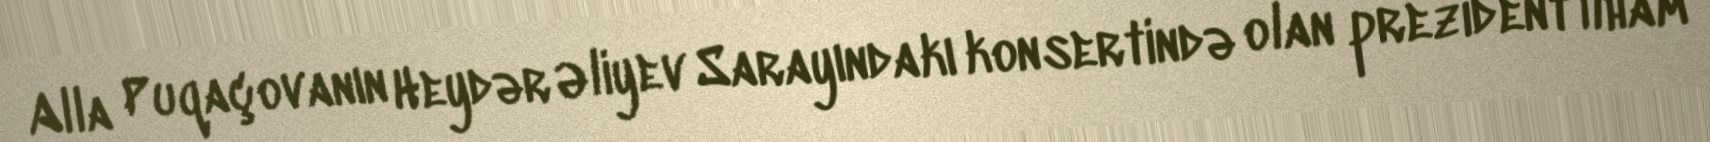
Alla Puqaçovanın Heydər Əliyev Sarayındakı konsertində olan prezident İlham